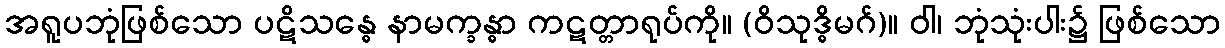
အရူပဘုံဖြစ်သော ပဋိသန္ဓေ နာမက္ခန္ဓာ ကဋတ္တာရုပ်ကို။ (ဝိသုဒ္ဓိမဂ်)။ ဝါ၊ ဘုံသုံးပါး၌ ဖြစ်သော